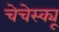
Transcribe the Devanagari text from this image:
चेचेस्क्यू